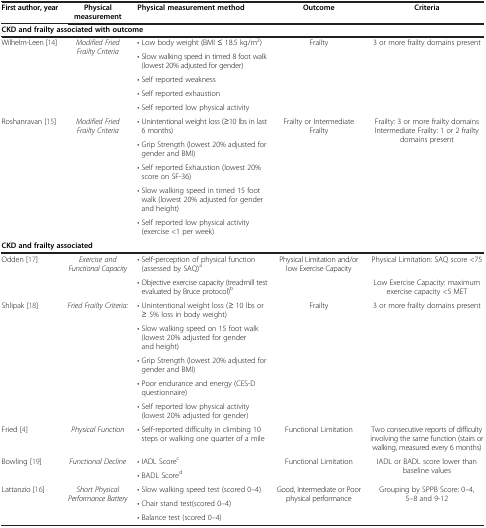
| First author, year | Physical measurement | Physical measurement method | Outcome | Criteria |
 | --- | --- | --- | --- | --- |
 | <COLSPAN=5> CKD and frailty associated with outcome |
 | <ROWSPAN=5> Wilhelm-Leen [14] | <ROWSPAN=5> Modified Fried Frailty Criteria | • Low body weight (BMI ≤ 18.5 kg/m2) | <ROWSPAN=5> Frailty | <ROWSPAN=5> 3 or more frailty domains present |
 | • Slow walking speed in timed 8 foot walk (lowest 20% adjusted for gender) |
 | • Self reported weakness |
 | • Self reported exhaustion |
 | • Self reported low physical activity |
 | <ROWSPAN=5> Roshanravan [15] | <ROWSPAN=5> Modified Fried Frailty Criteria | • Unintentional weight loss (≥10 lbs in last 6 months) | <ROWSPAN=5> Frailty or Intermediate Frailty | <ROWSPAN=5> Frailty: 3 or more frailty domains Intermediate Frailty: 1 or 2 frailty domains present |
 | • Grip Strength (lowest 20% adjusted for gender and BMI) |
 | • Self reported Exhaustion (lowest 20% score on SF-36) |
 | • Slow walking speed in timed 15 foot walk (lowest 20% adjusted for gender and height) |
 | • Self reported low physical activity (exercise <1 per week) |
 | <COLSPAN=5> CKD and frailty associated |
 | <ROWSPAN=2> Odden [17] | <ROWSPAN=2> Exercise and Functional Capacity | • Self-perception of physical function (assessed by SAQ)a | <ROWSPAN=2> Physical Limitation and/or low Exercise Capacity | Physical Limitation: SAQ score <75 |
 | • Objective exercise capacity (treadmill test evaluated by Bruce protocol)b | Low Exercise Capacity: maximum exercise capacity <5 MET |
 | <ROWSPAN=5> Shlipak [18] | <ROWSPAN=5> Fried Frailty Criteria: | • Unintentional weight loss (≥ 10 lbs or ≥ 5% loss in body weight) | <ROWSPAN=5> Frailty | <ROWSPAN=5> 3 or more frailty domains present |
 | • Slow walking speed on 15 foot walk (lowest 20% adjusted for gender and height) |
 | • Grip Strength (lowest 20% adjusted for gender and BMI) |
 | • Poor endurance and energy (CES-D questionnaire) |
 | • Self reported low physical activity (lowest 20% adjusted for gender) |
 | Fried [4] | Physical Function | • Self-reported difficulty in climbing 10 steps or walking one quarter of a mile | Functional Limitation | Two consecutive reports of difficulty involving the same function (stairs or walking, measured every 6 months) |
 | <ROWSPAN=2> Bowling [19] | <ROWSPAN=2> Functional Decline | • IADL Scorec | <ROWSPAN=2> Functional Limitation | <ROWSPAN=2> IADL or BADL score lower than baseline values |
 | • BADL Scored |
 | <ROWSPAN=3> Lattanzio [16] | <ROWSPAN=3> Short Physical Performance Battery | • Slow walking speed test (scored 0–4) | <ROWSPAN=3> Good, Intermediate or Poor physical performance | <ROWSPAN=3> Grouping by SPPB Score: 0–4, 5–8 and 9-12 |
 | • Chair stand test(scored 0–4) |
 | • Balance test (scored 0–4) |